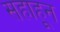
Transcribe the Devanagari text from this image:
सहाहून